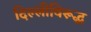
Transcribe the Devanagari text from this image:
दिल्लीविरूद्ध